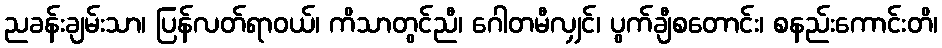
ညခန်းချမ်းသာ၊ ပြန်လတ်ရာဝယ်၊ ကိသာတွင်ညီ၊ ဂေါတမီလျှင်၊ ပွက်ချီစတောင်း၊ စနည်းကောင်းတိ၊